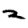
Digit: 2